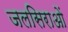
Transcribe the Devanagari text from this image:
जलसिराओं